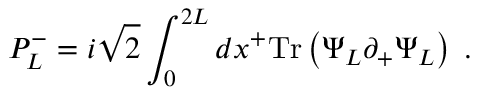
P _ { L } ^ { - } = { i \sqrt { 2 } } \int _ { 0 } ^ { 2 L } d x ^ { + } \mathrm { T r } \left( \Psi _ { L } \partial _ { + } \Psi _ { L } \right) \; .